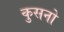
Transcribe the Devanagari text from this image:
कुसनो